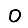
Digit: 0